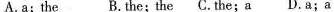
A.a; the B.the; the C.the;a D.a;a